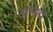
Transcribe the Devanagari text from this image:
अनंथ